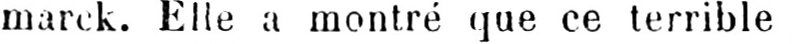
marck. Elle a montré que ce terrible